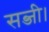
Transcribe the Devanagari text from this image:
सब्जी।